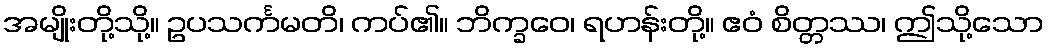
အမျိုးတို့သို့။ ဥပသင်္ကမတိ၊ ကပ်၏။ ဘိက္ခဝေ၊ ရဟန်းတို့။ ဧဝံ စိတ္တဿ၊ ဤသို့သော